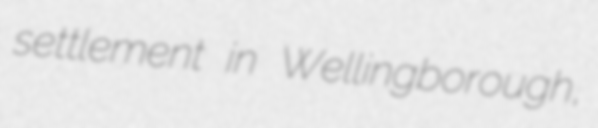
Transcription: settlement in Wellingborough,